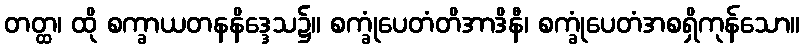
တတ္ထ၊ ထို စက္ခာယတနနိဒ္ဒေသ၌။ စက္ခုံပေတံတိအာဒိနီ၊ စက္ခုံပေတံအစရှိကုန်သော။